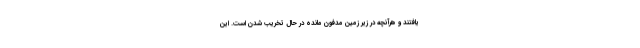
یافتند و هرآنچه در زیر زمین مدفون مانده در حال تخریب شدن است. این